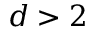
d > 2